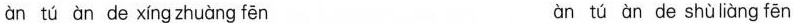
àn tú àn de xíng zhuàng fēn àn tú àn de shù liàng fēn